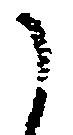
に